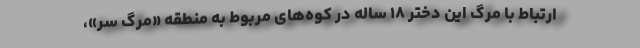
ارتباط با مرگ این دختر ۱۸ ساله در کوه‌های مربوط به منطقه «مرگ سر»،